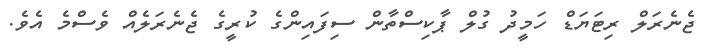
ޖެނެރަލް ރިޓަޔަޑް ހަމީދު ގުލް ޕާކިސްތާން ސިފައިންގެ ކުރީގެ ޖެނެރަލެއް ވެސްމެ އެވެ.